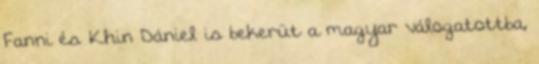
Fanni és Khin Dániel is bekerüt a magyar válogatottba,